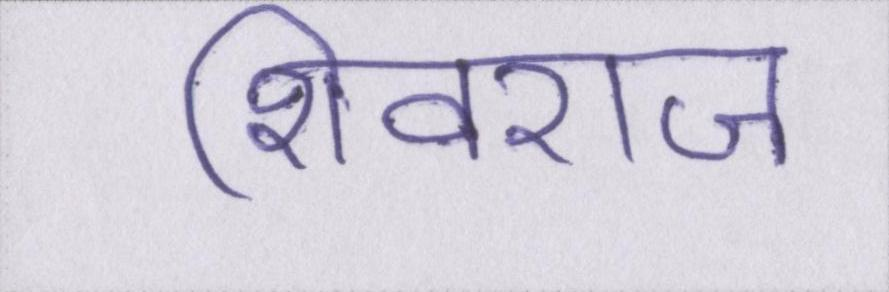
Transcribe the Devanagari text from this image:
शिवराज